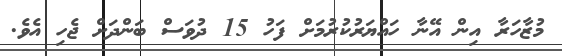
މުޒާހަރާ އިން އޭނާ ހައްޔަރުކުރުމަށް ފަހު 15 ދުވަސް ބަންދަށް ޖެހި އެވެ.